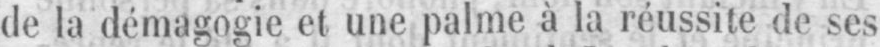
de la démagogie et une palme à la réussite de ses